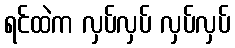
ရင်ထဲက လှပ်လှပ် လှပ်လှပ်